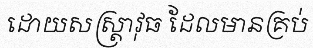
ដោយសស្ត្រាវុធ ដែលមានគ្រប់